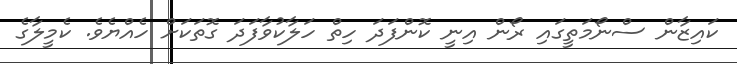
ކައިޒާން ސްނޯމަތީގައި ރޯން އިނީ ކޮންފަދަ ހިތް ހަލާކުވާފަދަ ގޮތަކަށް ހެއްޔެވެ. ކެމީލާގެ